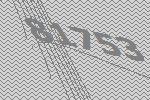
81753